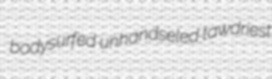
bodysurfed unhandseled tawdriest